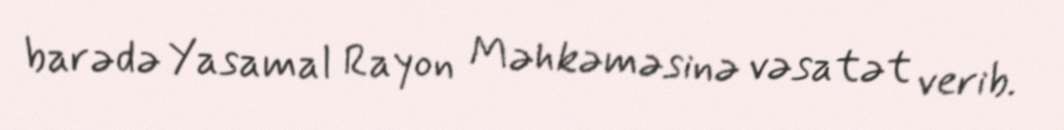
barədə Yasamal Rayon Məhkəməsinə vəsatət verib.